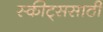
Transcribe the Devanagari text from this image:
स्कीट्ससाठी